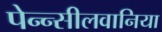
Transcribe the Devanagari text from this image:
पेन्न्सीलवानिया